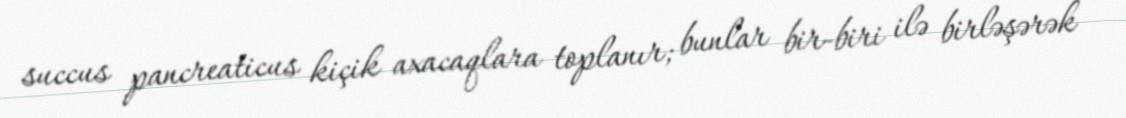
succus pancreaticus kiçik axacaqlara toplanır; bunlar bir-biri ilə birləşərək